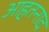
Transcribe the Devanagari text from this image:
आहतनाद